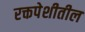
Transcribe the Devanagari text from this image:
रक्तपेशीतील